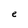
Character: e